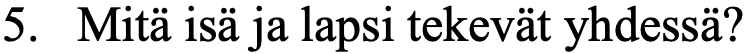
5. Mitä isä ja lapsi tekevät yhdessä?